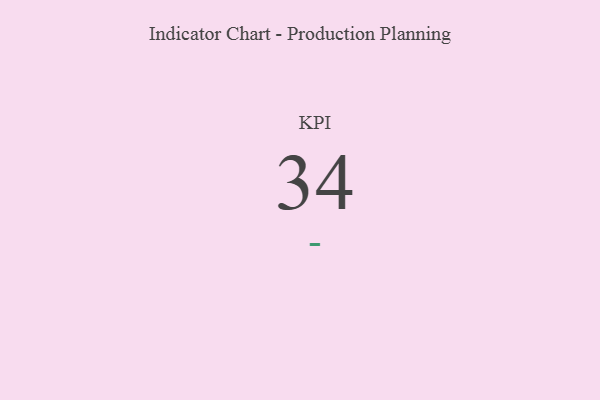
{"axis": {"x": "KPI", "y": "Value"}, "legend": [""], "data": [{"x": "KPI", "y": 34, "type": ""}]}